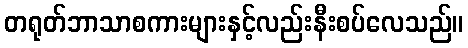
တရုတ်ဘာသာစကားများနှင့်လည်းနီးစပ်လေသည်။